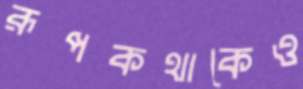
রূপকথাকেও